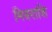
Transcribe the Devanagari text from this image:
मित्रराशि